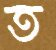
ত